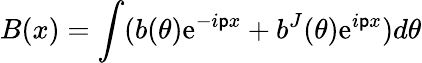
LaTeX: B(x)=\int(b(\theta)\mathrm{e}^{-i\mathsf{p}x}+b^{J}(\theta)\mathrm{e}^{i\mathsf{p}x})d\theta